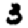
Digit: 3